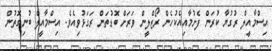
އިސްމާއީލް ރުގުޔާ ކުރަން ފެށުމާއިއެކުހެން ރޯޒްލީން ވަރަށް ބޮޑުތަން ރަގަޅުވިއެވެ. އިސްމާއީލް ބުނިގޮތުން